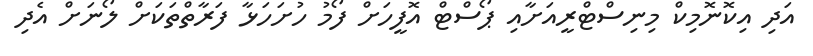
އަދި އިކޮނޮމިކް މިނިސްޓްރީއަށާއި ޕޯސްޓް އޮފީހަށް ފޯމު ހުށަހަޅާ ފަރާތްތަކަށް ލޯނަށް އެދި